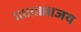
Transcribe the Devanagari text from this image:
॥॥॥॥॥जय